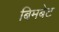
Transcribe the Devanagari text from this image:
बिमबेट